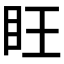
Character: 𪛟